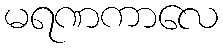
မရဏကာလေ